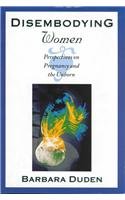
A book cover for Disembodying Women: Perspectives on Pregnancy and the Unborn; Barbara Duden; Politics & Social Sciences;